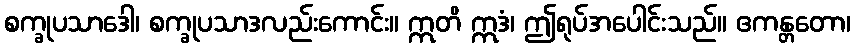
စက္ခုပသာဒေါ၊ စက္ခုပသာဒလည်းကောင်း။ ဣတိ ဣဒံ၊ ဤရုပ်အပေါင်းသည်။ ဧကန္တတော၊